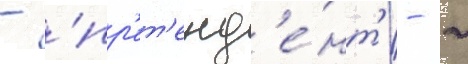
- 'пр'ет'енд'е́нт' - -